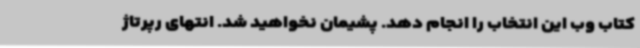
کتاب وب این انتخاب را انجام دهد. پشیمان نخواهید شد. انتهای رپرتاژ